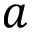
a